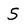
Character: 5